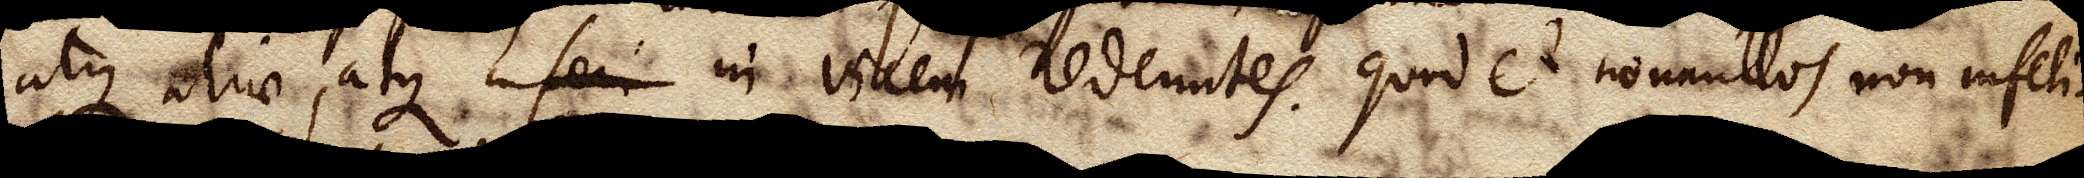
atque aliae, atque inseri in vicem redeuntes. Quod et nonnullos non infeli–